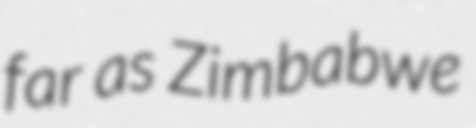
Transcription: far as Zimbabwe